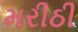
મરીઠી